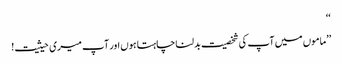
‘‘
’’ماموں میں آپ کی شخصیت بدلنا چاہتا ہوں اور آپ میری حیثیت!